Sketch of the medical history of the native army of Bombay, for the year
Year: 1870
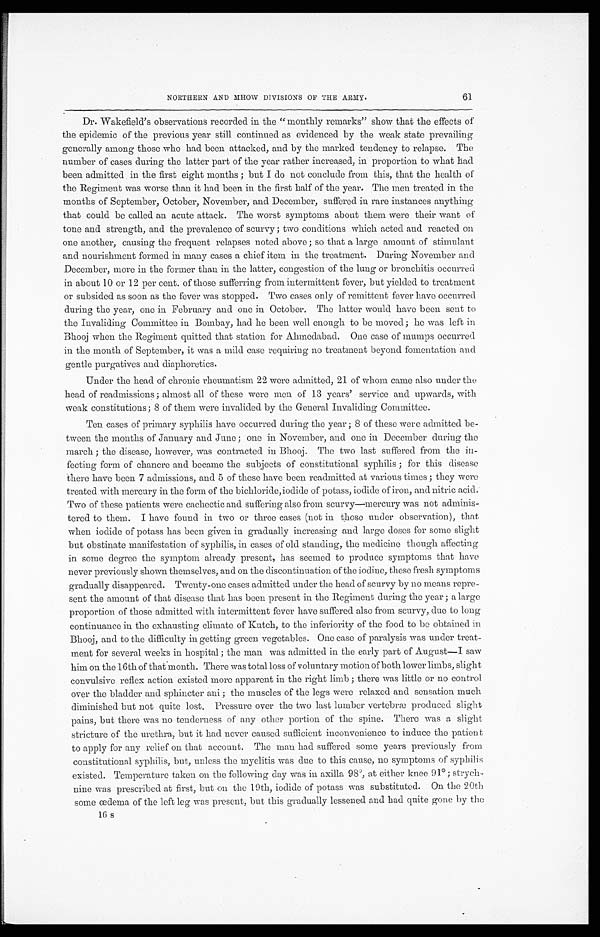
NORTHERN AND MHOW DIVISIONS OF THE ARMY.
61
Dr. Wakefield's observations recorded in the "monthly remarks" show that the effects of
the epidemic of the previous year still continued as evidenced by the weak state prevailing
generally among those who had been attacked, and by the marked tendency to relapse. The
number of cases during the latter part of the year rather increased, in proportion to what had
been admitted in the first eight months ; but I do not conclude from this, that the health of
the Regiment was worse than it had been in the first half of the year. The men treated in the
months of September, October, November, and December, suffered in race instances anything
that could be called an acute attack. The worst symptoms about them were their want of
tone and strength, and the prevalence of scurvy ; two conditions which acted and reacted on
one another, causing the frequent relapses noted above ; so that a large amount of stimulant
and nourishment formed in many cases a chief item in the treatment. During November and
December, more in the former than in the latter, congestion of the lung or bronchitis occurred
in about 10 or 12 per cent. of those stiffening from intermittent fever, but yielded to treatment
or subsided as soon as the fever was stopped. Two cases only of remittent fever have occurred
during the year, one in February and one in October. The latter would have been sent to
the Invaliding Committee in Bombay, had he been well enough to be moved; he was left in
Bhooj when the Regiment quitted that station for Ahmedabad. One case of mumps occurred
in the month of September, it was a mild case requiring no treatment beyond fomentation and
gentle purgatives and diaphoretics.
Under the head of chronic rheumatism 22 were admitted, 21 of whom came also under the
head of readmissions ; almost all of these were men of 13 years' service and upwards, with
weak constitutions; 8 of them were invalided by the General Invaliding Committee.
Ten cases of primary syphilis have occurred during the year ; 8 of these were admitted be-
-tween the months of January and June ; one in November, and one in December during the
march ; the disease, however, was contracted in Bhooj. The two last suffered from the in--
fecting form of chancre and became the subjects of constitutional syphilis ; for this disease
there have been 7 admissions, and 5 of these have been readmitted at various times ; they were
treated with mercury in the form of the bichloride, iodide of potass, iodide of iron, and nitric acid.
Two of these patients were cachectic and suffering also from scurvy—mercury was not adminis--
tered to them. I have found in two or three cases (not in those under observation), that
when iodide of potass has been given in gradually increasing and large doses for some slight
but obstinate manifestation of syphilis, in cases of old standing, the medicine though affecting
in some degree the symptom already present, has seemed to produce symptoms that have
never previously shown themselves, and on the discontinuation of the iodine, these fresh symptoms
gradually disappeared. Twenty-one cases admitted under the head of scurvy by no means repre--
sent the amount of that disease that has been present in the Regiment during the year ; a large
proportion of those admitted with intermittent fever have suffered also from scurvy, due to long
continuance in the exhausting climate of Kutch, to the inferiority of the food to be obtained in
Bhooj, and to the difficulty in getting green vegetables. One case of paralysis was under treat-
ment for several weeks in hospital ; the man was admitted in the early part of August—I saw
him on the 16th of that month. There was total loss of voluntary motion of both lower limbs, slight
convulsive reflex action existed more apparent in the right limb ; there was little or no control
over the bladder and sphincter ani ; the muscles of the legs were relaxed and sensation much
diminished but not quite lost. Pressure over the two last lumber vertebræ produced slight
pains, but there was no tenderness of any other portion of the spine. There was a slight
stricture of the urethra, but it had never caused sufficient inconvenience to induce the patient
to apply for any relief on that account. The man had suffered some years previously from
constitutional syphilis, but, unless the myelitis was due to this cause, no symptoms of syphilis
existed. Temperature taken on the following day was in axilla 98º, at either knee 91º; strych-
-nine was prescribed at first, but on the 19th, iodide of potass was substituted. On the 20th
some œdema of the left leg was present, but this gradually lessened and had quite gone by the
16 s